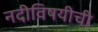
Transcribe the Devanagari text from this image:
नदीविषयीची